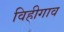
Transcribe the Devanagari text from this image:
विहीगाव